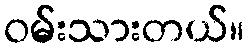
ဝမ်းသားတယ်။